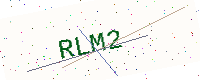
Text: RLM2